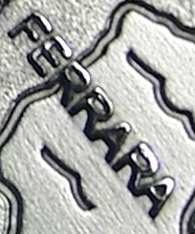
FERRARA